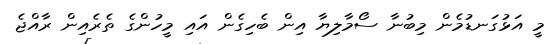
މީ އަޅުގަނޑުމެން މިބުނާ ސޯމާލިޔާ އިން ބެހިގެން އައި މީހުންގެ ތެރެއިން ރާއްޖެ